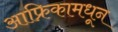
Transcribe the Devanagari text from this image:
आफ्रिकामधून